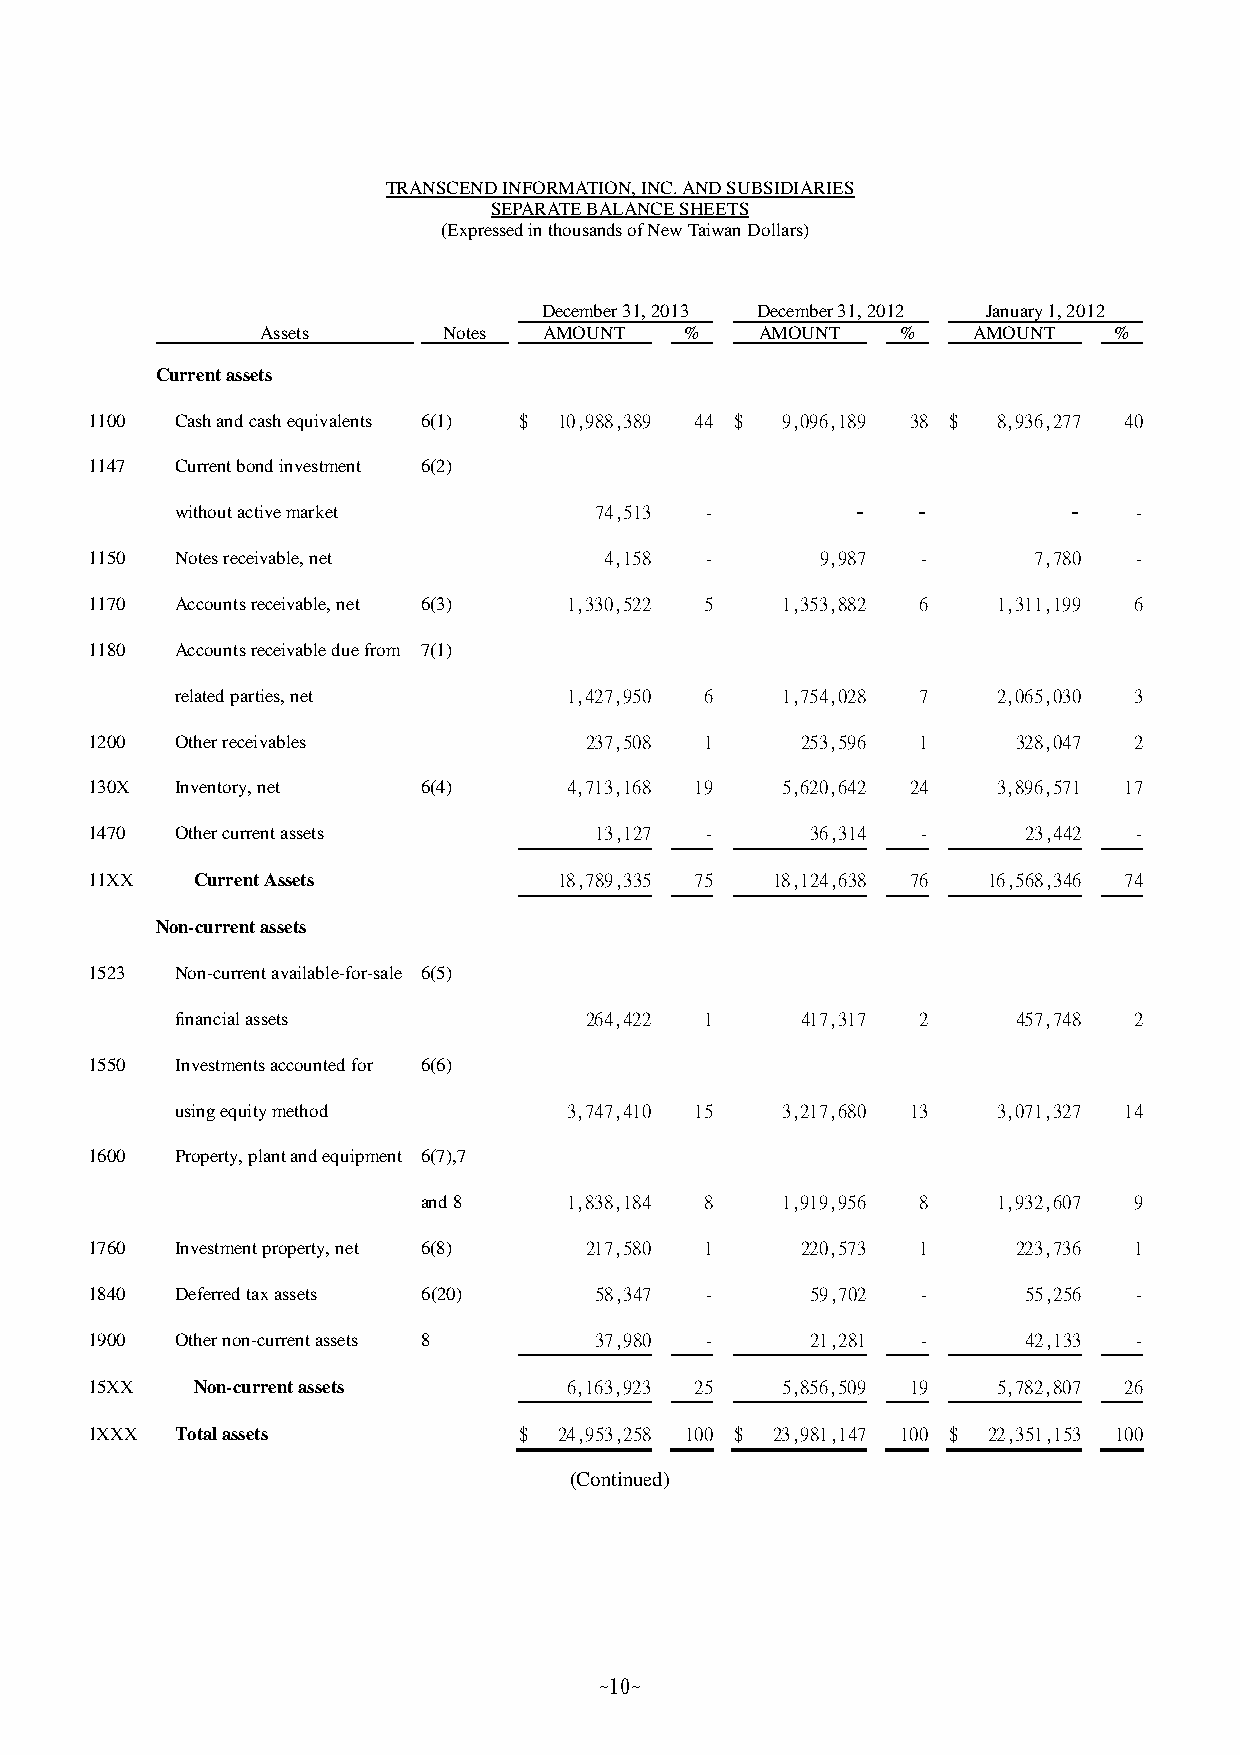
TRANSCEND INFORMATION, INC. AND SUBSIDIARIES
 SEPARATE BALANCE SHEETS
 (Expressed in thousands of New Taiwan Dollars)
 December 31, 2013 December 31, 2012 January 1, 2012
 Assets      Notes  AMOUNT   %    AMOUNT    %   AMOUNT    %
 Current assets
 1100  Cash and cash equivalents 6(1) $ 10,988,389 44 $ 9,096,189 38 $ 8,936,277 40
 1147  Current bond investment 6(2)
 without active market      74,513  -         -   -         -   -
 1150  Notes receivable, net       4,158  -      9,987  -      7,780  -
 1170  Accounts receivable, net 6(3) 1,330,522 5 1,353,882 6 1,311,199 6
 1180  Accounts receivable due from 7(1)
 related parties, net      1,427,950 6   1,754,028 7   2,065,030 3
 1200  Other receivables          237,508 1     253,596 1     328,047 2
 130X  Inventory, net  6(4)      4,713,168 19  5,620,642 24  3,896,571 17
 1470  Other current assets       13,127  -      36,314 -      23,442 -
 11XX   Current Assets          18,789,335 75 18,124,638 76 16,568,346 74
 Non-current assets
 1523  Non-current available-for-sale 6(5)
 financial assets           264,422 1     417,317 2     457,748 2
 1550  Investments accounted for 6(6)
 using equity method       3,747,410 15  3,217,680 13  3,071,327 14
 1600  Property, plant and equipment 6(7),7
 and 8     1,838,184 8   1,919,956 8   1,932,607 9
 1760  Investment property, net 6(8) 217,580 1  220,573 1     223,736 1
 1840  Deferred tax assets 6(20)  58,347  -      59,702 -      55,256 -
 1900  Other non-current assets 8 37,980  -      21,281 -      42,133 -
 15XX   Non-current assets       6,163,923 25  5,856,509 19  5,782,807 26
 1XXX  Total assets          $  24,953,258 100 $ 23,981,147 100 $ 22,351,153 100
 (Continued)
 ~10~